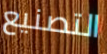
التصنيع